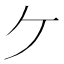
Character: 𫡏